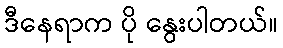
ဒီနေရာက ပို နွေးပါတယ်။